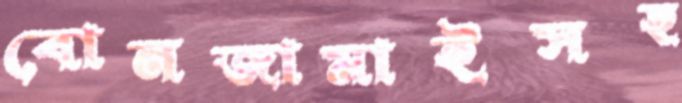
বোনজামাইসহ